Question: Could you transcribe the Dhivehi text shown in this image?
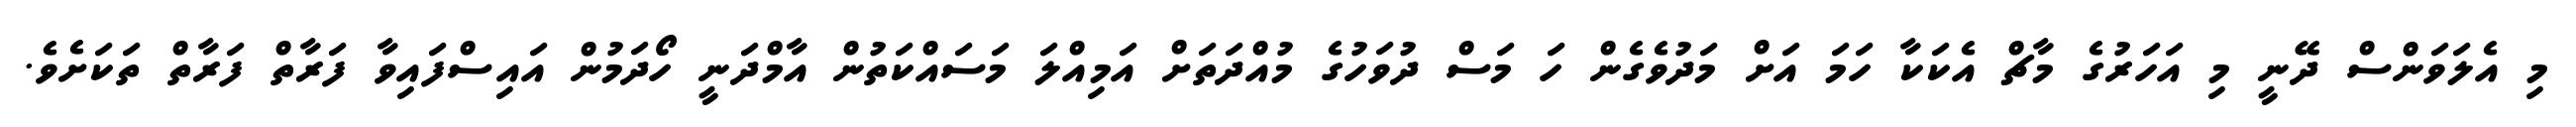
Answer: މި އެލަވަންސް ދޭނީ މި އަހަރުގެ މާޗް އެކަކާ ހަމަ އަށް މަދުވެގެން ހަ މަސް ދުވަހުގެ މުއްދަތަށް އަމިއްލަ މަސައްކަތުން އާމްދަނީ ހޯދަމުން އައިސްފައިވާ ފަރާތް ފަރާތް ތަކަށެވެ.